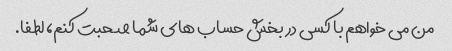
من می خواهم با کسی در بخش حساب های شما صحبت کنم، لطفا.